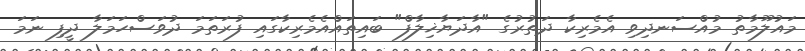
މައުލޫމާތު މުއްސަނދިވި އެމެރިކާ ދަތުރުގެ "އާދަޔާޚިލާފް" ބައިތައްއެމެރިކާގައި ފުރަތަމަ ދުވަސްހަމަލާ ދީފި ނަމަ